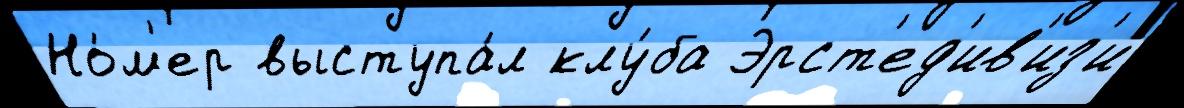
Но́м'ер выступа́л клу́ба Эрст'ед'ив'из'и